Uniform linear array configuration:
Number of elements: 4
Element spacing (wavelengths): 0.25
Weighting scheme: hamming
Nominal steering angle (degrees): -15
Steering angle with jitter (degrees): -15.423
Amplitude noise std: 0.05
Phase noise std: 0.05

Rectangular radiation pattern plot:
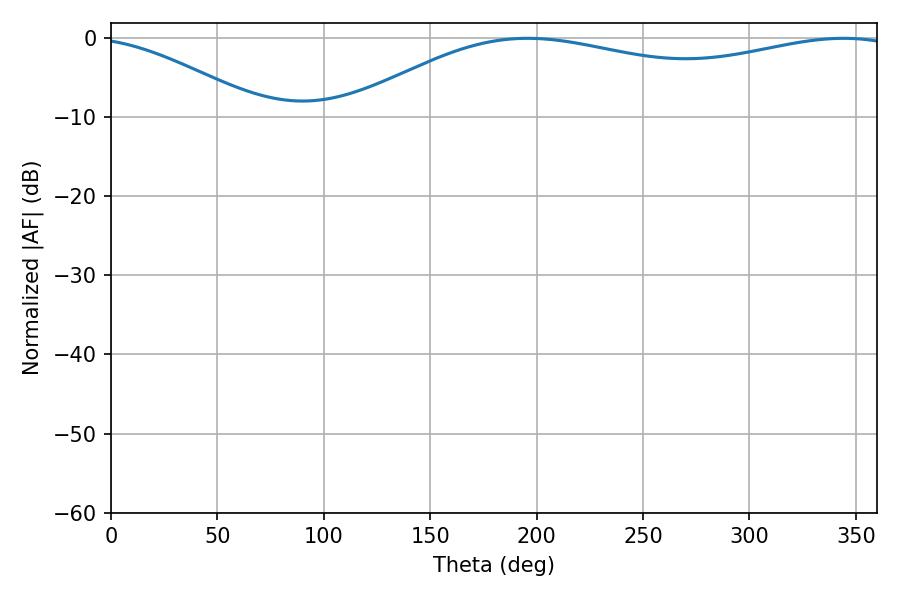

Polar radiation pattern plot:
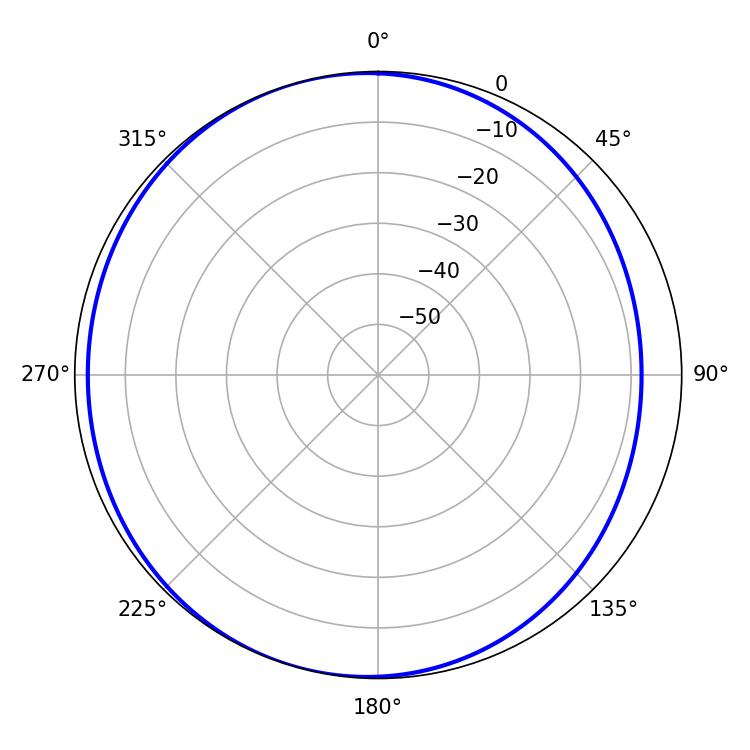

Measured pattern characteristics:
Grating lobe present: FALSE
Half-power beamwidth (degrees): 211.5
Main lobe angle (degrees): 195.66